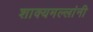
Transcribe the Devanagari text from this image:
शाक्यमल्लांनी